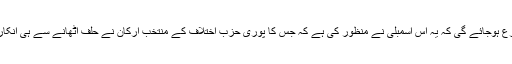
اُن کی رائے میں تو ساتویں آئینی ترمیم بھی اس وجہ سے متنازع ہوجائے گی کہ یہ اُس اسمبلی نے منظور کی ہے کہ جس کا پوری حزب اختلاف کے منتخب ارکان نے حلف اٹھانے سے ہی انکار کردیا اور ملک میں اس کے خلاف تحریک بھی چل رہی ہے۔